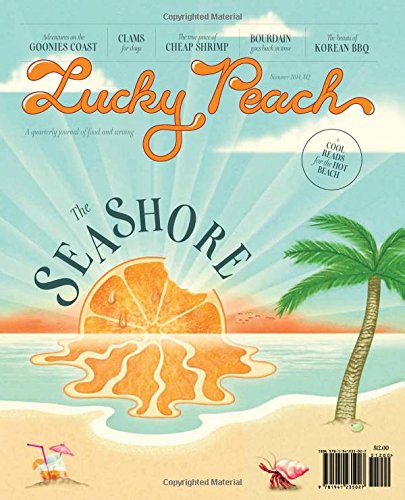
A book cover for Lucky Peach Issue 12: Seashore; Cookbooks, Food & Wine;